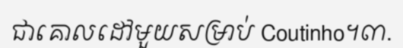
ជាគោលដៅមួយសម្រាប់ Coutinho។៣.